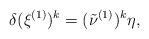
LaTeX: \begin{align*}\delta (\xi^{(1)})^k = (\tilde{\nu}^{(1)})^k \eta,\end{align*}